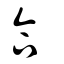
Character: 合